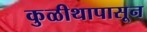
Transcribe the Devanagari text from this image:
कुळीथापासून